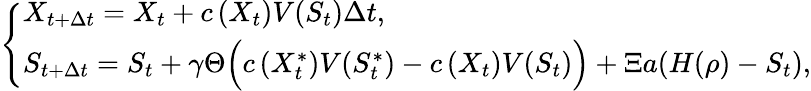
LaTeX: \left\{ \begin{array}{ll}{X_{t+\Delta{t}}=X_{t}+c\left(X_{t}\right)V(S_{t})\Delta{t},\qquad}\\ {S_{t+\Delta{t}}=S_{t}+\gamma\Theta\Bigl(c\left(X_{t}^{\ast}\right)V(S_{t}^{\ast})-c\left(X_{t}\right)V(S_{t})\Bigr)+\Xi a(H(\rho)-S_{t}),}\end{array}\right.